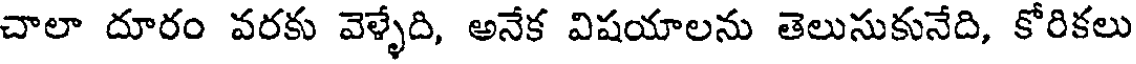
చాలా దూరం వరకు వెళ్ళేది, అనేక విషయాలను తెలుసుకునేది, కోరికలు